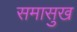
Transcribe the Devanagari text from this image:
समासुख